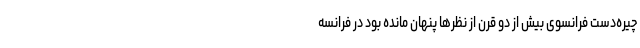
چیره‌دست فرانسوی بیش از دو قرن از نظرها پنهان مانده بود در فرانسه